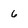
Character: 6